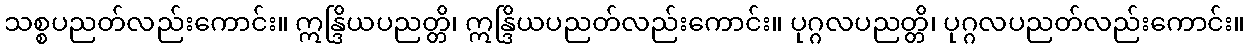
သစ္စပညတ်လည်းကောင်း။ ဣန္ဒြိယပညတ္တိ၊ ဣန္ဒြိယပညတ်လည်းကောင်း။ ပုဂ္ဂလပညတ္တိ၊ ပုဂ္ဂလပညတ်လည်းကောင်း။